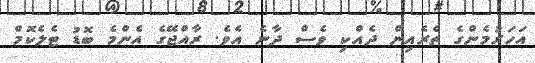
އަހަރުމެންގެ ތެރެއިން ދެއްކި ވެސް ދާނެ އެވެ. ރާއްޖޭގެ އެންމެ ބޮޑު ޓެލެކޮމް